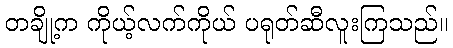
တချို့က ကိုယ့်လက်ကိုယ် ပရုတ်ဆီလူးကြသည်။